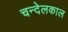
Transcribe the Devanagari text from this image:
चन्देलकाल